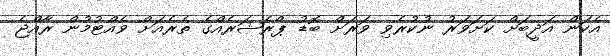
އެކަން އަދީބަށް ކަށަވަރު ނުކުރެވި ވަރަށް ބޮޑު ޕްރެޝަރެއްގެ ތެރެއަށް ވެއްޓުމުން ރާއްޖެ